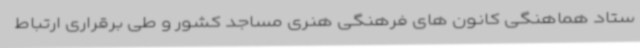
ستاد هماهنگی کانون های فرهنگی هنری مساجد کشور و طی برقراری ارتباط